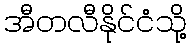
အီတလီနိုင်ငံသို့